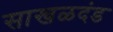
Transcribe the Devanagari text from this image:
साखळदंड